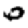
Digit: 0